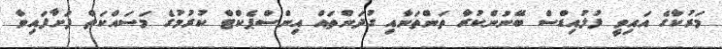
މަރުކާގެ އައިވީ ފުލުއިޑްސް ބޭނުންކުރާ ތަންތަނާއި ގުދަންތައް އިންސްޕެކްޓް ކުރުމުގެ މަސައްކަތް ފަށާފައިވާ